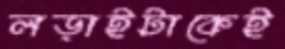
লড়াইটাকেই